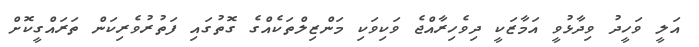
އަލީ ވަހީދު ވިދާޅުވީ އަމާޒަކީ ދިވެހިރާއްޖެ ވަކިވަކި މަންޒިލްތަކެއްގެ ގޮތުގައި ފަތުރުވެރިކަން ތަރައްގީކޮށް